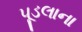
પૂડલાના